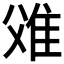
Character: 𨾝